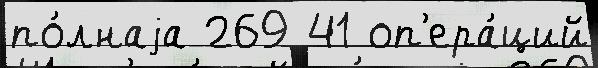
по́лнаjа 269 41 оп'ера́ций